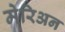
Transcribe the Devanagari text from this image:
मेरिअन